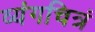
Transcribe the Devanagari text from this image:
व्यंगचित्रं